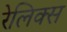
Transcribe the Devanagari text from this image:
रेलिक्स